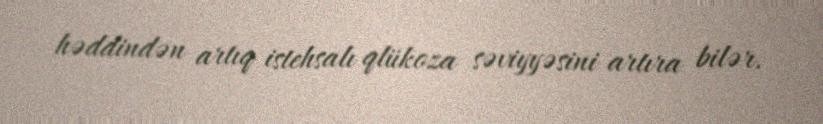
həddindən artıq istehsalı qlükoza səviyyəsini artıra bilər.